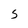
Character: S